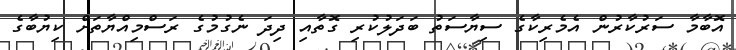
އޮބާމާ ސަރުކާރުން އެމެރިކާގެ ސިޔާސަތު ބަދަލުކުރި ގޮތާއި ދިދަ ނެގުމުގެ ރަސްމިއްޔާތަށް ކިޔުބާގެ